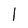
Character: 1